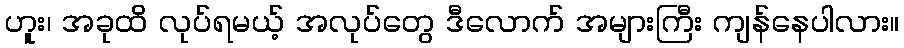
ဟူး၊ အခုထိ လုပ်ရမယ့် အလုပ်တွေ ဒီလောက် အများကြီး ကျန်နေပါလား။